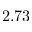
- 2 . 7 3